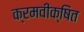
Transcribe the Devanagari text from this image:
क्रमवीक्षित